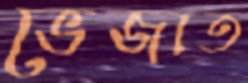
ভেজাত